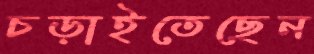
চড়াইতেছেন